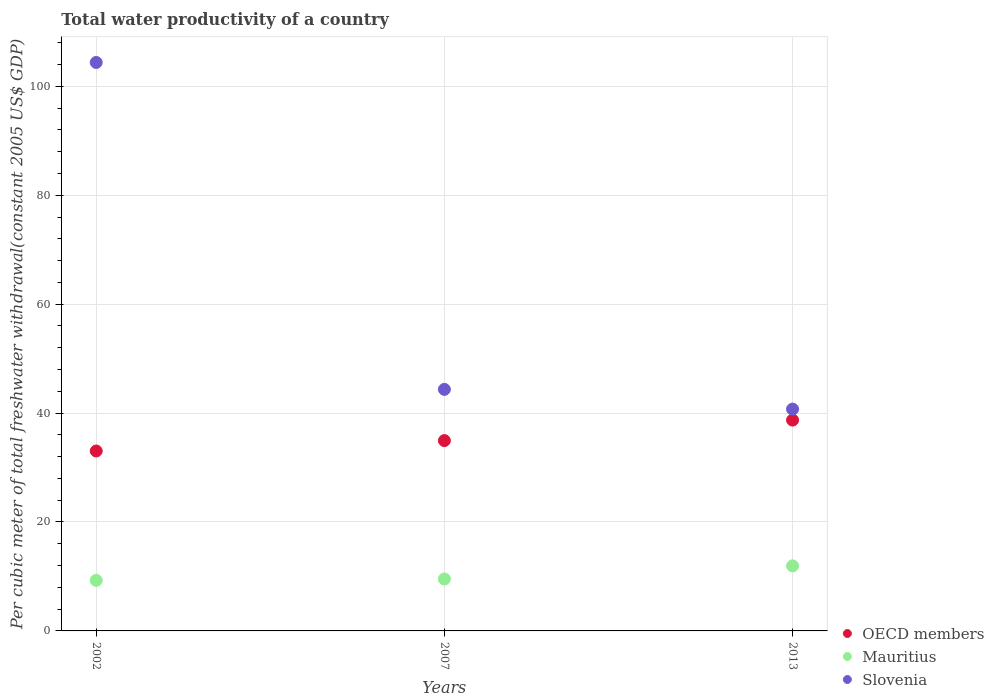
| Years | OECD members | Mauritius | Slovenia |
 | --- | --- | --- | --- |
 | 2002 | 33 | 9.28 | 104 |
 | 2007 | 34.9 | 9.54 | 44.4 |
 | 2013 | 38.7 | 11.9 | 40.7 |